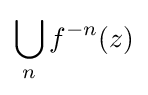
\bigcup _{n}f^{-n}(z)